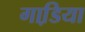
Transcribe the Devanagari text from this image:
गाडि़या